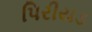
પિરીયડ